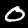
Label: 0